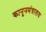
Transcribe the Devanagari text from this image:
कानूनमंत्रालय